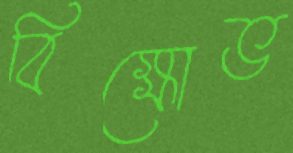
বিক্ষোভ